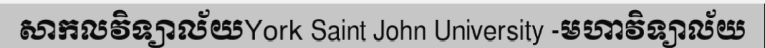
សាកលវិទ្យាល័យYork Saint John University -មហាវិទ្យាល័យ